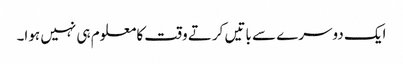
ایک دوسرے سے باتیں کرتے وقت کا معلوم ہی نہیں ہوا۔